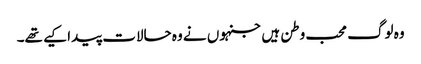
وہ لوگ محب وطن ہیں جنہوں نے وہ حالات پیدا کیے تھے۔